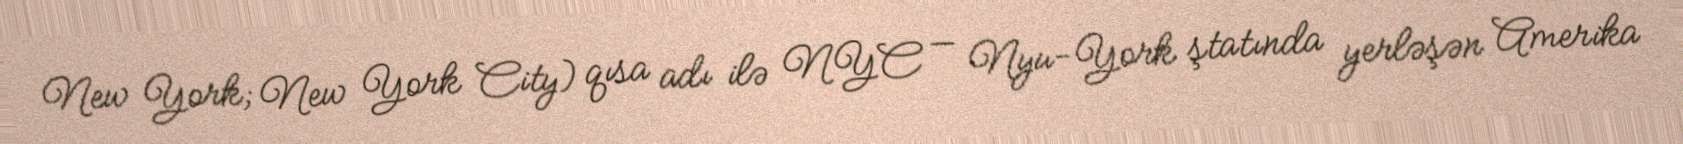
New York; New York City) qısa adı ilə NYC — Nyu-York ştatında yerləşən Amerika